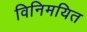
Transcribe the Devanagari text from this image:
विनिमयित